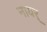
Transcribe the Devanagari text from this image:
नायर्